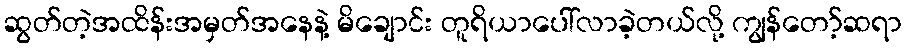
ဆွတ်တဲ့အထိန်းအမှတ်အနေနဲ့ မိချောင်း တူရိယာပေါ်လာခဲ့တယ်လို့ ကျွန်တော့်ဆရာ